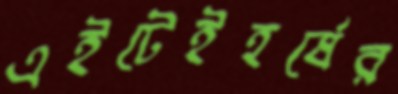
এইটেইহর্ষের